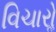
વિચારોૢ